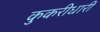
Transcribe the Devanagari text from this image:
कुकरीधारी